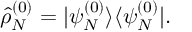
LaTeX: \hat { \rho } _ { N } ^ { ( 0 ) } = | \psi _ { N } ^ { ( 0 ) } \rangle \langle \psi _ { N } ^ { ( 0 ) } | .